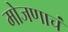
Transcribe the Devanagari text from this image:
मोजणाचं